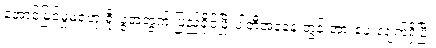
အောင်မြင်မှုမရဟု ရှိုးပွဲအတွက် ပြည်ခိုင်ဖြိုးပါတီအနေနဲ့ တွန်းအားပေးလျက်ရှိပြီး